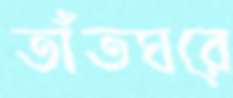
তাঁতঘরে